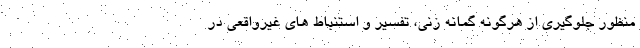
منظور جلوگیری از هرگونه گمانه زنی، تفسیر و استنباط های غیرواقعی در